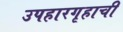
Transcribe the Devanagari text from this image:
उपहारगृहाची